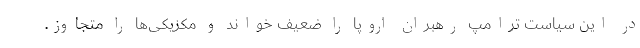
در این سیاست ترامپ رهبران اروپا را ضعیف خواند و مکزیکی‌ها را متجاوز.